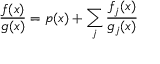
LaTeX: { \frac { f ( x ) } { g ( x ) } } = p ( x ) + \sum _ { j } { \frac { f _ { j } ( x ) } { g _ { j } ( x ) } }